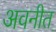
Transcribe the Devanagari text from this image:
अवनीत